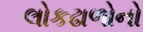
લોકઢાળોનો